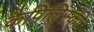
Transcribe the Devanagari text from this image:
कैपिलिंस्की